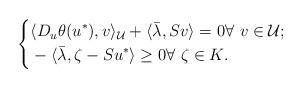
LaTeX: \begin{align*}\left\{\begin{aligned}& \langle D_u\theta(u^*), v\rangle_\mathcal{U} + \langle \bar{\lambda}, Sv\rangle = 0\forall\ v\in \mathcal{U};\\& - \langle\bar{\lambda} ,\zeta - Su^*\rangle\geq 0\forall\ \zeta\in K.\\\end{aligned}\right.\end{align*}